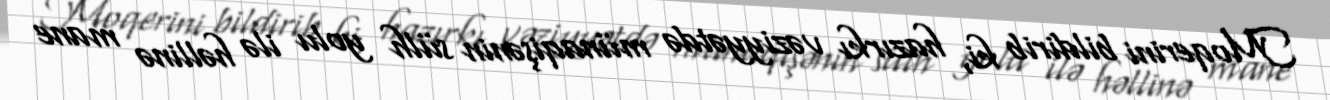
Moqerini bildirib ki, hazırkı vəziyyətdə münaqişənin sülh yolu ilə həllinə mane